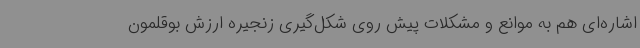
اشاره‌ای هم به موانع و مشکلات پیش روی شکل‌گیری زنجیره ارزش بوقلمون